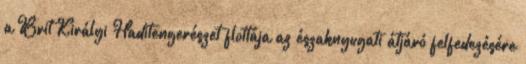
a Brit Királyi Haditengerészet flottája az északnyugati átjáró felfedezésére